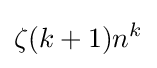
\zeta (k+1)n^{k}